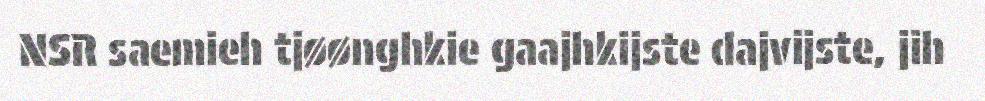
NSR saemieh tjøønghkie gaajhkijste dajvijste, jih